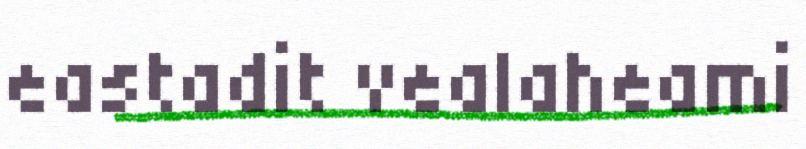
eastadit vealaheami